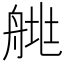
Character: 𦩄